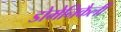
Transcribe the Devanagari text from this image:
डोमेनिकैली